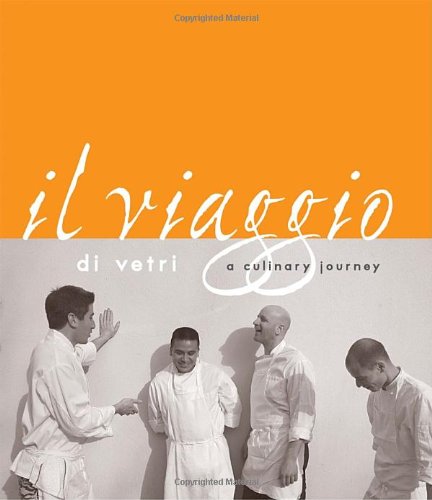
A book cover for Il Viaggio Di Vetri: A Culinary Journey; Marc Vetri; Cookbooks, Food & Wine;